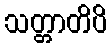
သတ္တာတိပိ